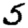
Digit: 5